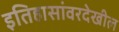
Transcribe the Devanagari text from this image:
इतिहासांवरदेखील